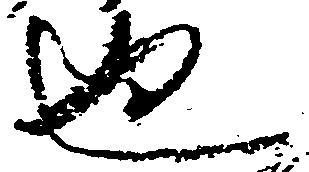
也